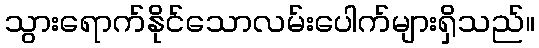
သွားရောက်နိုင်သောလမ်းပေါက်များရှိသည်။